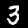
Label: 3